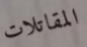
المقاتلات